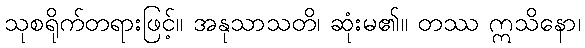
သုစရိုက်တရားဖြင့်။ အနုသာသတိ၊ ဆုံးမ၏။ တဿ ဣသိနော၊